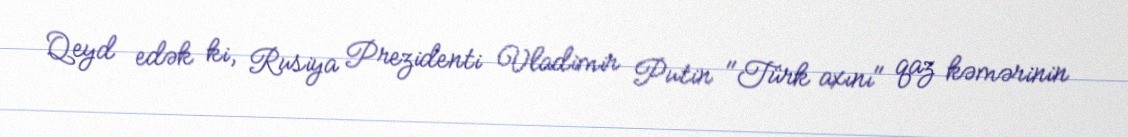
Qeyd edək ki, Rusiya Prezidenti Vladimir Putin "Türk axını" qaz kəmərinin